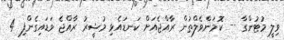
ވިލީ މުޓުންގާ -- ކޮމަންވެލްތުން ރާއްޖެއަށް ކަނޑައެޅި މުޝީރު ރާއްޖެ ވަޑައިގެންފި 4